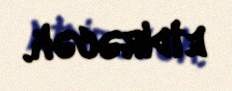
etdirəcək.